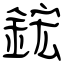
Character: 鋐